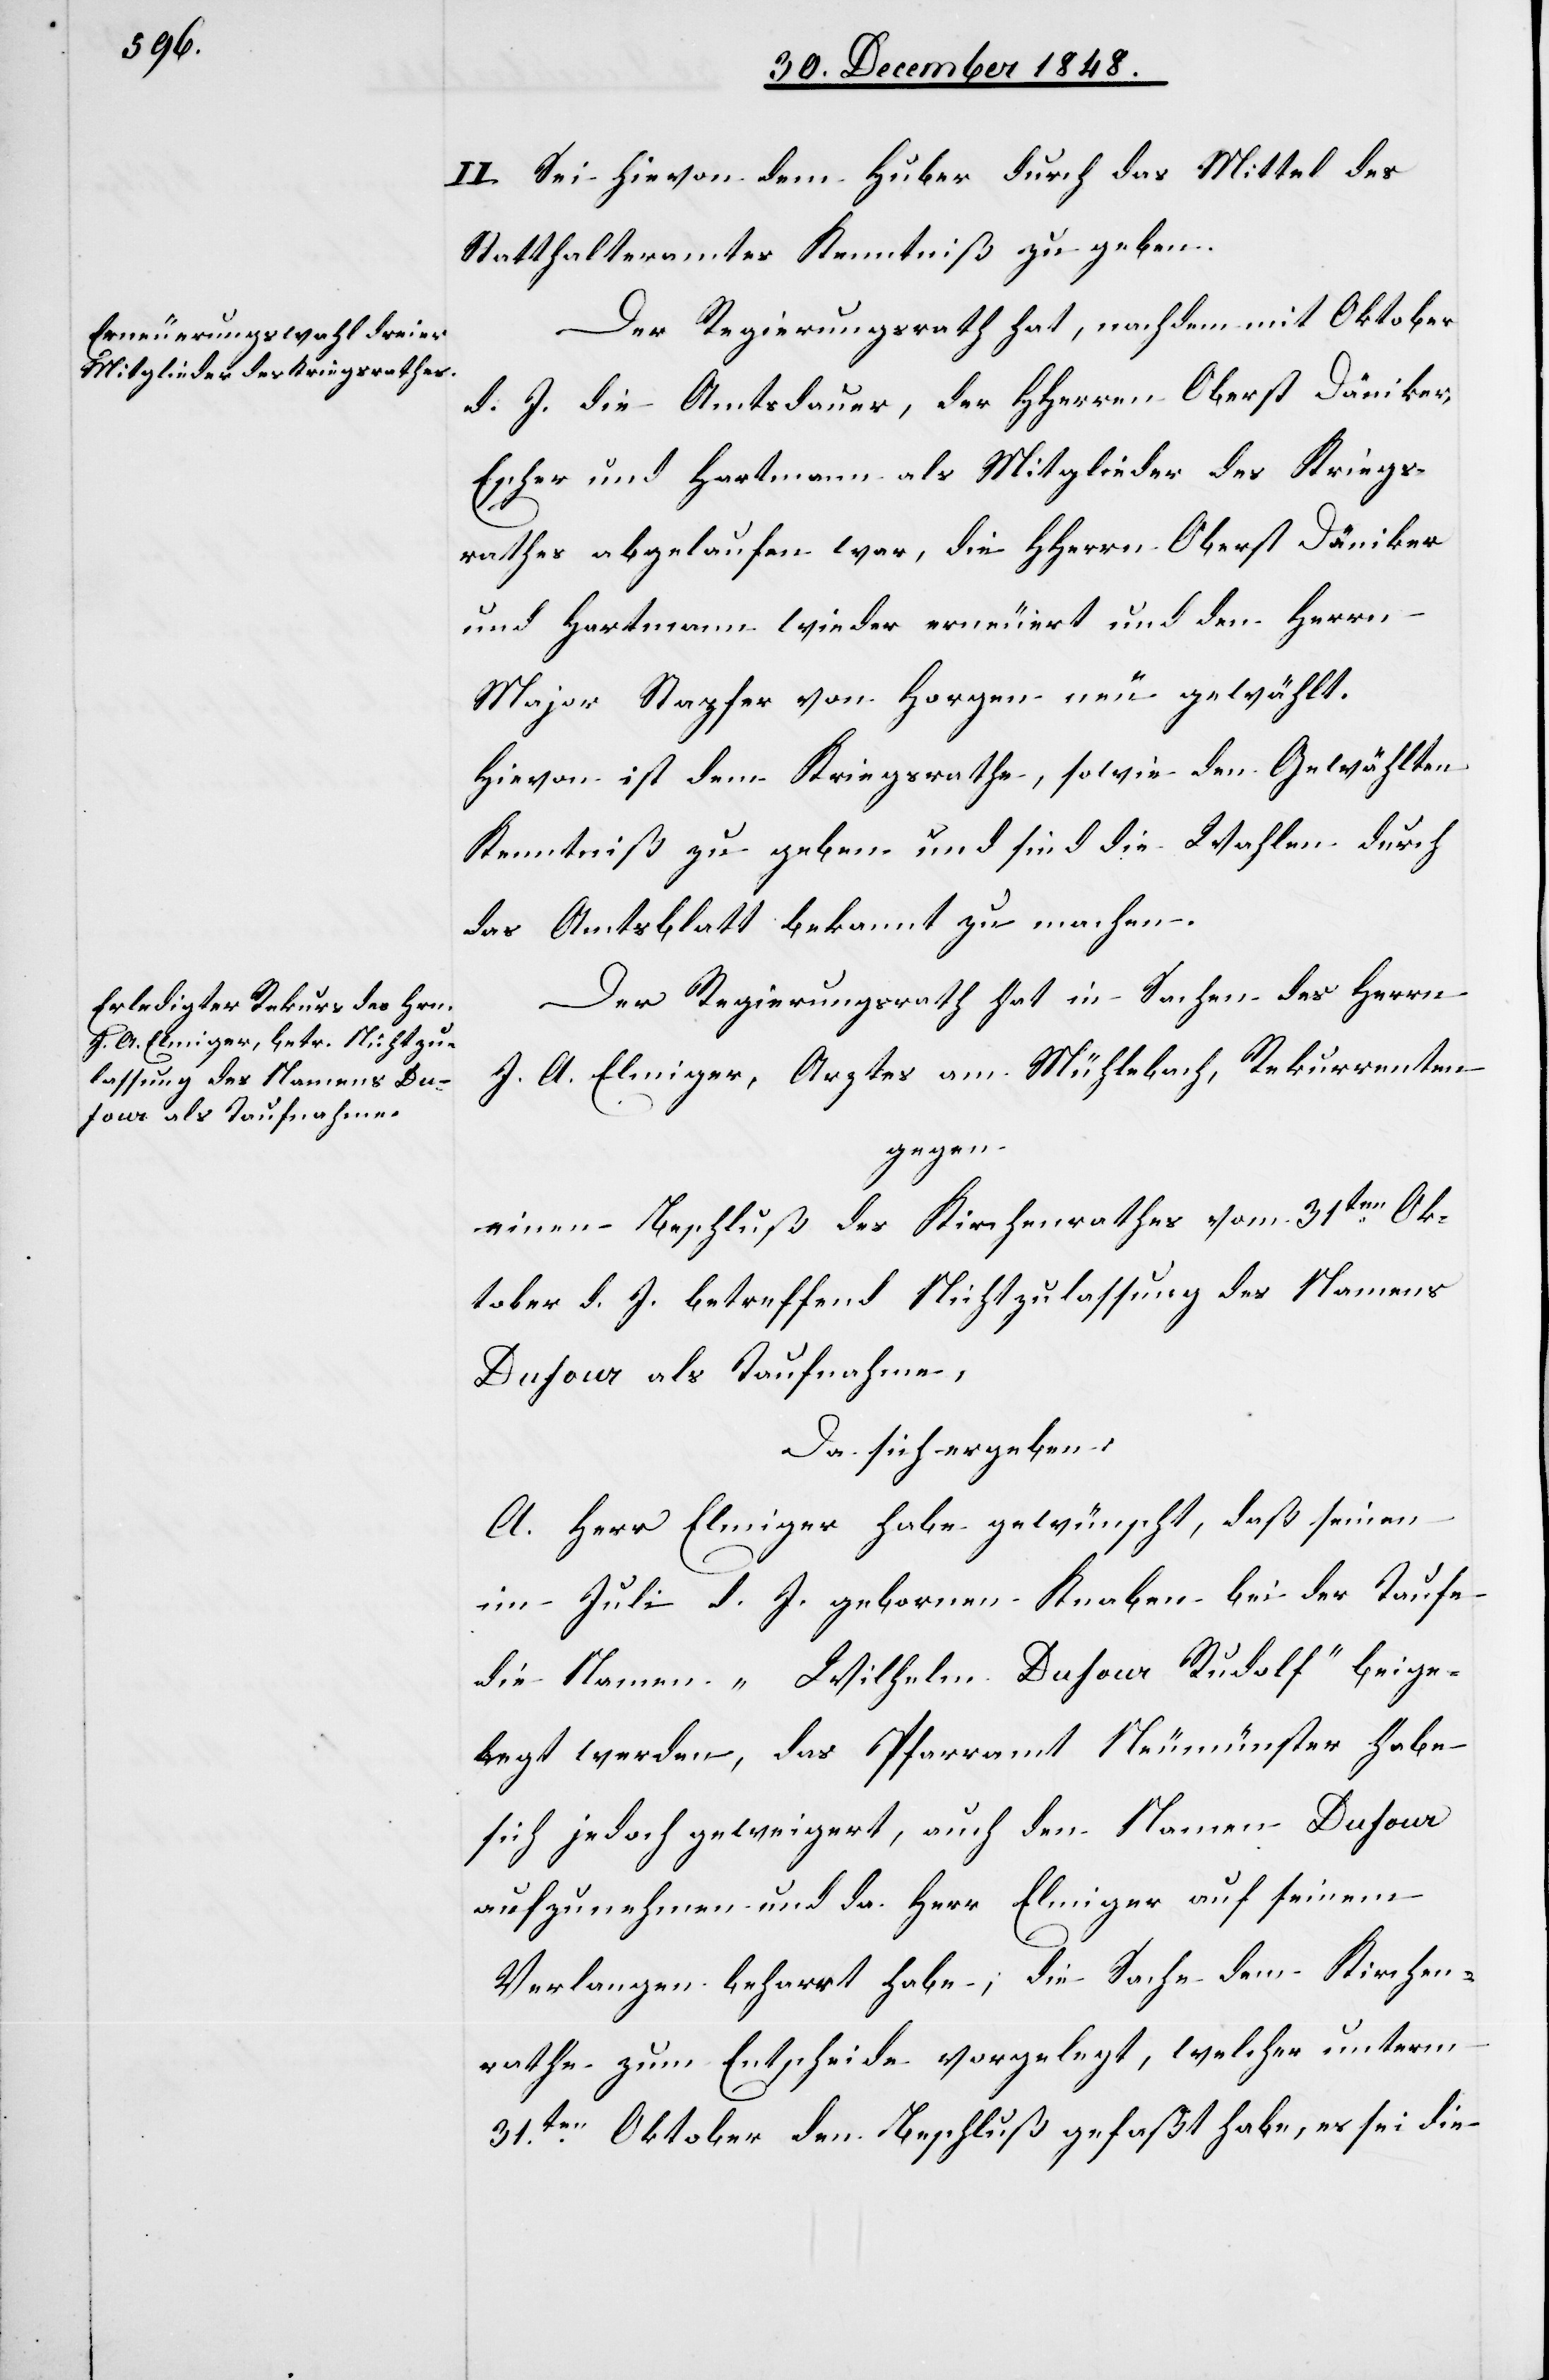
II. Sei hievon dem Huber durch das Mittel des
Statthalteramtes Kenntniß zu geben.
Der Regierungsrath hat, nachdem mit Oktober
d. J. die Amtsdauer, der HHerren Oberst Däniker,
Escher und Hartmann als Mitglieder des Kriegs¬
rathes abgelaufen war, die HHerrn Oberst Däniker
und Hartmann wieder erneuert und den Herrn
Major Stapfer von Horgen neu gewählt.
Hievon ist dem Kriegsrathe, sowie den Gewählten
Kenntniß zu geben und sind die Wahlen durch
das Amtsblatt bekannt zu machen.
Der Regierungsrath hat in Sachen des Herrn
J. A. Elmiger, Arztes am Mühlebach, Rekurrenten
gegen
einen Beschluß des Kirchenrathes vom 31ten Ok¬
tober d. J. betreffend Nichtzulassung des Namens
Dufour als Taufnahme,
Da sich ergeben:
A. Herr Elmiger habe gewünscht, daß seinen
im Juli d. J. gebornen Knaben bei der Taufe
die Namen „Wilhelm Dufour Rudolf“ beige¬
legt werden, das Pfarramt Neumünster habe
sich jedoch geweigert, auch den Namen Dufour
aufzunehmen und da Herr Elmiger auf seinem
Verlangen beharrt habe, die Sache dem Kirchen¬
rathe zum Entscheide vorgelegt, welcher unterm
31ten Oktober den Beschluß gefaßt habe, es sei die